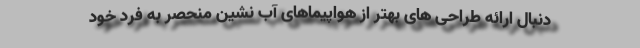
دنبال ارائه طراحی های بهتر از هواپیماهای آب نشین منحصر به فرد خود